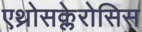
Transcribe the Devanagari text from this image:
एथ्रोसक्लेरोसिस